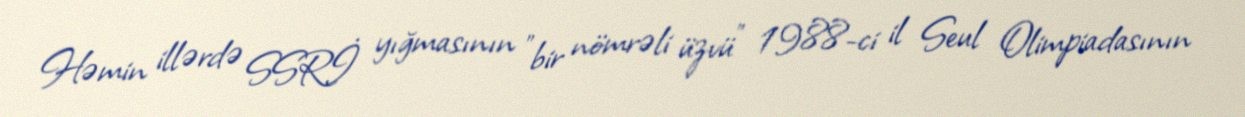
Həmin illərdə SSRİ yığmasının "bir nömrəli üzvü" 1988-ci il Seul Olimpiadasının